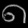
Digit: ၈